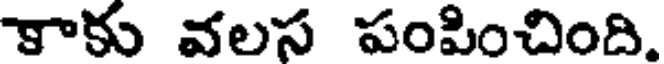
కాకు వలస పంపించింది.